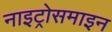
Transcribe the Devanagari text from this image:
नाइट्रोसमाइन